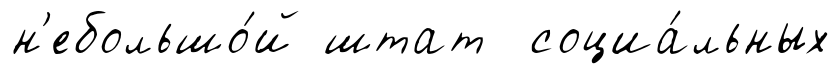
н'ебольшо́й штат социа́льных